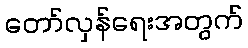
တော်လှန်ရေးအတွက်